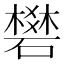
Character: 𥖎